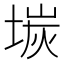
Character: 𡎅